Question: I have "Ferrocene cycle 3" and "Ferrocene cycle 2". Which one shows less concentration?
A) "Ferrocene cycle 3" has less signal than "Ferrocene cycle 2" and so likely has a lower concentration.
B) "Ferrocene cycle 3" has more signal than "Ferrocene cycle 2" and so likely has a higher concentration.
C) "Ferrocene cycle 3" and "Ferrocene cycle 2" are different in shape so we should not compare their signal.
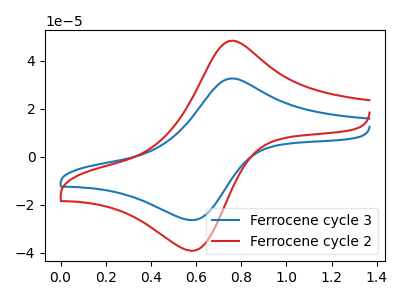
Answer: <think>The blue curve "Ferrocene cycle 3" has an anodic peak at (0.75V, 32.60uA) and a cathodic peak at (0.60V, -26.35uA). The red curve "Ferrocene cycle 2" has an anodic peak at (0.75V, 48.35uA) and a cathodic peak at (0.60V, -39.10uA).
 All the peaks in "Ferrocene cycle 3" have a peak in "Ferrocene cycle 2" at the same potential. Every peak in "Ferrocene cycle 3" is lower than every peak in "Ferrocene cycle 2".</think>
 <answer>A) "Ferrocene cycle 3" has less signal than "Ferrocene cycle 2" and so likely has a lower concentration.</answer>
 <eval>A</eval>